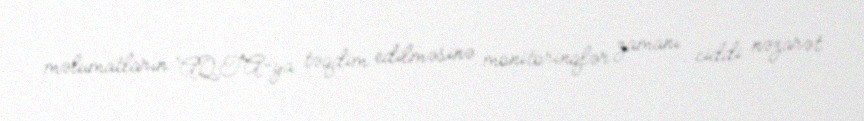
məlumatların AQTA-ya təqdim edilməsinə monitorinqlər zamanı ciddi nəzarət